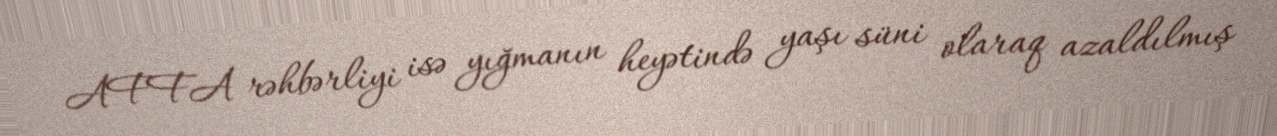
AFFA rəhbərliyi isə yığmanın heyətində yaşı süni olaraq azaldılmış